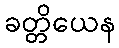
ခတ္တိယေန